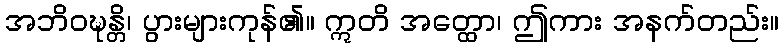
အဘိဝဍ္ဎန္တိ၊ ပွားများကုန်၏။ ဣတိ အတ္ထော၊ ဤကား အနက်တည်း။